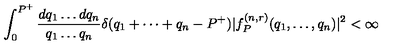
\int _ { 0 } ^ { P ^ { + } } { \frac { d q _ { 1 } \dots d q _ { n } } { q _ { 1 } \dots q _ { n } } } \delta ( q _ { 1 } + \cdots + q _ { n } - P ^ { + } ) | f _ { P } ^ { ( n , r ) } ( q _ { 1 } , \dots , q _ { n } ) | ^ { 2 } < \infty